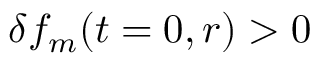
\delta f _ { m } ( t = 0 , r ) > 0